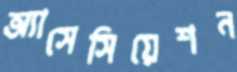
অ্যাসেসিয়েশন